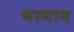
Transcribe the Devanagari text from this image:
भरमान